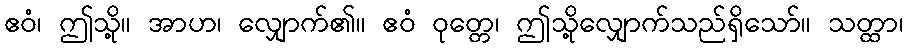
ဧဝံ၊ ဤသို့။ အာဟ၊ လျှောက်၏။ ဧဝံ ဝုတ္တေ၊ ဤသို့လျှောက်သည်ရှိသော်။ သတ္ထာ၊